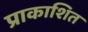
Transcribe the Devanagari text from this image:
प्राकाशित